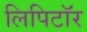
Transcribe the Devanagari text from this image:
लिपिटॉर